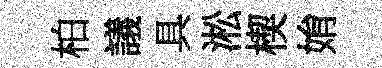
柏議具淞楔姢